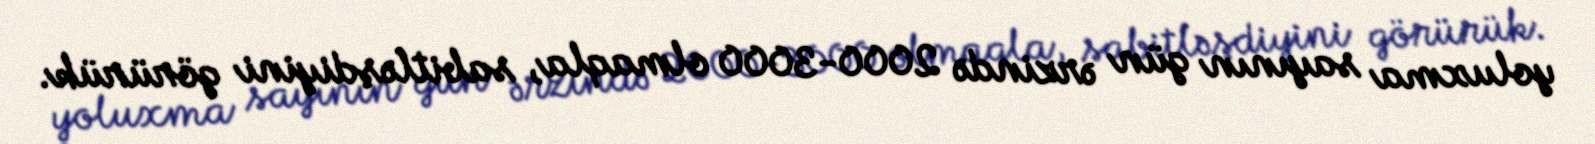
yoluxma sayının gün ərzində 2000-3000 olmaqla, sabitləşdiyini görürük.